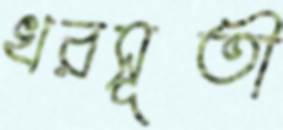
খরসূতী